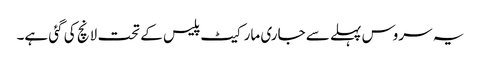
یہ سروس پہلے سے جاری مارکیٹ پلیس کے تحت لانچ کی گئی ہے۔